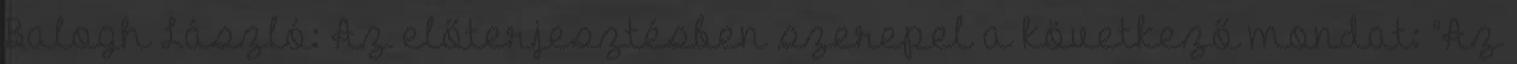
Balogh László: Az előterjesztésben szerepel a következő mondat: “Az